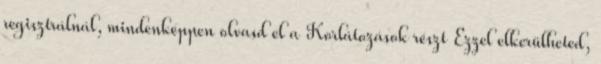
regisztrálnál, mindenképpen olvasd el a Korlátozások részt Ezzel elkerülheted,